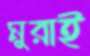
মুরাই